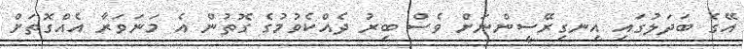
އޭގެ ބަދަލުގައި އިނގިރޭސީންނަށް ވެސް ބިރު ދެއްކެވުމުގެ ގޮތުން އެ މަނަވަރާ އެއްގޮތަށް